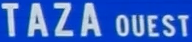
TAZA OUEST